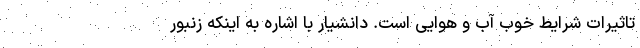
تاثیرات شرایط خوب آب و هوایی است. دانشیار با اشاره به اینکه زنبور